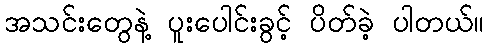
အသင်းတွေနဲ့ ပူးပေါင်းခွင့် ပိတ်ခဲ့ ပါတယ်။